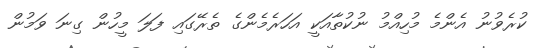
ކުރެވުނު އެންމެ މުހިއްމު ނުކުތާއަކީ އަހަރެމެންގެ ތެރޭގައި ފަލަ މީހުން ގިނަ ވަމުން